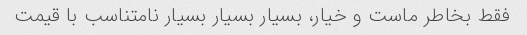
فقط بخاطر ماست و خیار، بسیار بسیار بسیار نامتناسب با قیمت